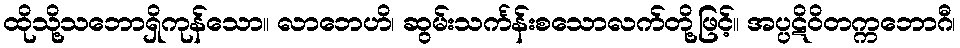
ထိုသို့သဘောရှိကုန်သော။ လာဘေဟိ၊ ဆွမ်းသင်္ကန်းစသောလက်တို့ဖြင့်။ အပ္ပဋိဝိတက္ကဘောဂီ၊